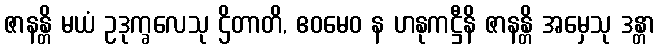
ဇာနန္တိ မယံ ဥဒုက္ခလေသု ဌိတာတိ, ဧဝမေဝ န ဟနုကဋ္ဌီနိ ဇာနန္တိ အမှေသု ဒန္တာ